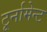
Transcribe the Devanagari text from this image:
टूर्नामेन्‍ट